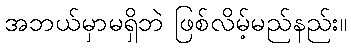
အဘယ်မှာမရှိဘဲ ဖြစ်လိမ့်မည်နည်း။